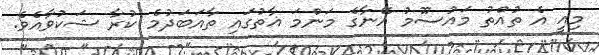
މިއީ އެ ތުއްތު މައުސޫމު އޭނާގެ މަންމަ ޣާތުގައި ތާއަބަދުމެ ކުރާ ޝަކުވާއެވެ.